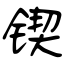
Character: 锲